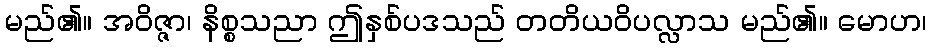
မည်၏။ အဝိဇ္ဇာ၊ နိစ္စသညာ ဤနှစ်ပဒသည် တတိယဝိပလ္လာသ မည်၏။ မောဟ၊